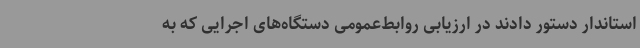
استاندار دستور دادند در ارزیابی روابط‌عمومی دستگاه‌های اجرایی که به